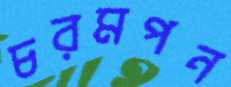
চরমপন